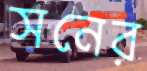
সনের